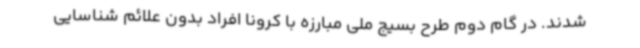
شدند. در گام دوم طرح بسیج ملی مبارزه با کرونا افراد بدون علائم شناسایی